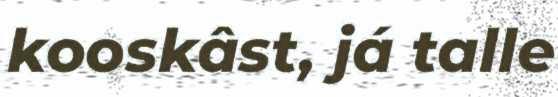
kooskâst, já talle